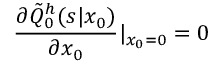
\frac { \partial \tilde { Q } _ { 0 } ^ { h } ( s | x _ { 0 } ) } { \partial x _ { 0 } } | _ { x _ { 0 } = 0 } = 0